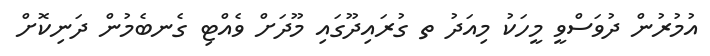
އުމުރުން ދުވަސްވީ މީހަކު މިއަދު ތ ގުރައިދޫގައި މޫދަށް ވެއްޓި ގެނބެމުން ދަނިކޮށް